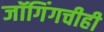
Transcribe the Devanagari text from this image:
जॉगिंगचीही